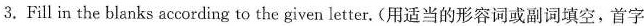
3.Fill in the blanks according to the given letter. (用适当的形容词或副词填空,首字